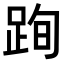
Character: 𨀴